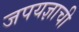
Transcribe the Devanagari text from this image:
जपयज्ञाची